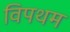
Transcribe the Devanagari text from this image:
विपथम